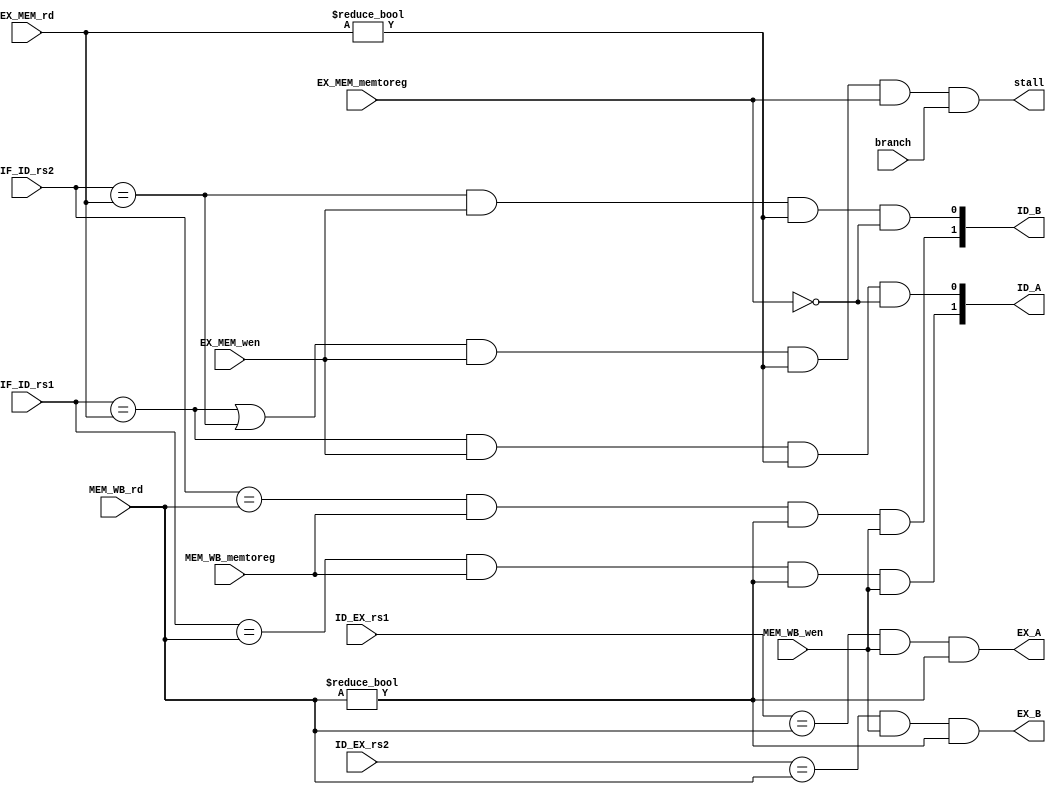
`timescale 1ns / 1ps
//////////////////////////////////////////////////////////////////////////////////
// Company: 
// Engineer: 
// 
// Design Name: 
// Module Name: Forward_U
// Project Name: 
// Target Devices: 
// Tool Versions: 
// Description: 
// 
// Dependencies: 
// 
// Revision:
// Revision 0.01 - File Created
// Additional Comments:
// 
//////////////////////////////////////////////////////////////////////////////////


module Forward_U(
    input [4:0] EX_MEM_rd,
    input [4:0] MEM_WB_rd,
    input [4:0] IF_ID_rs1,
    input [4:0] IF_ID_rs2,
    input [4:0] ID_EX_rs1,
    input [4:0] ID_EX_rs2,
    input EX_MEM_wen,
    input MEM_WB_wen,
    input EX_MEM_memtoreg,
    input MEM_WB_memtoreg,
    input branch,
    output EX_A,
    output EX_B,
    output [1:0]ID_A,
    output [1:0]ID_B,
    output stall
    );
    assign ID_A[0] = ((IF_ID_rs1 == EX_MEM_rd) && (EX_MEM_wen)&&(EX_MEM_rd !=0) && (!EX_MEM_memtoreg));
    assign ID_B[0] = ((IF_ID_rs2 == EX_MEM_rd) && (EX_MEM_wen)&&(EX_MEM_rd !=0)) && (!EX_MEM_memtoreg);
    assign ID_A[1] = ((IF_ID_rs1 == MEM_WB_rd) && (MEM_WB_memtoreg) && (MEM_WB_rd != 0) && (MEM_WB_wen));
    assign ID_B[1] = ((IF_ID_rs2 == MEM_WB_rd) && (MEM_WB_memtoreg) && (MEM_WB_rd != 0) && (MEM_WB_wen));
    assign EX_A = ((ID_EX_rs1 == MEM_WB_rd) && (MEM_WB_wen) && (MEM_WB_rd !=0));
    assign EX_B = ((ID_EX_rs2 == MEM_WB_rd) && (MEM_WB_wen) && (MEM_WB_rd !=0));
    assign stall = (((IF_ID_rs1 == EX_MEM_rd)||(IF_ID_rs2 == EX_MEM_rd)) && (EX_MEM_wen) && (EX_MEM_rd !=0) && (EX_MEM_memtoreg) && branch);
endmodule